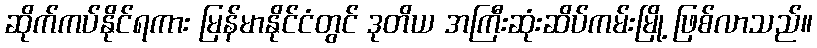
ဆိုက်ကပ်နိုင်ရကား မြန်မာနိုင်ငံတွင် ဒုတိယ အကြီးဆုံးဆိပ်ကမ်းမြို့ ဖြစ်လာသည်။